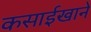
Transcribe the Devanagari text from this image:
कसाईखाने